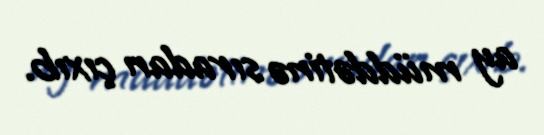
ay müddətinə sıradan çıxıb.